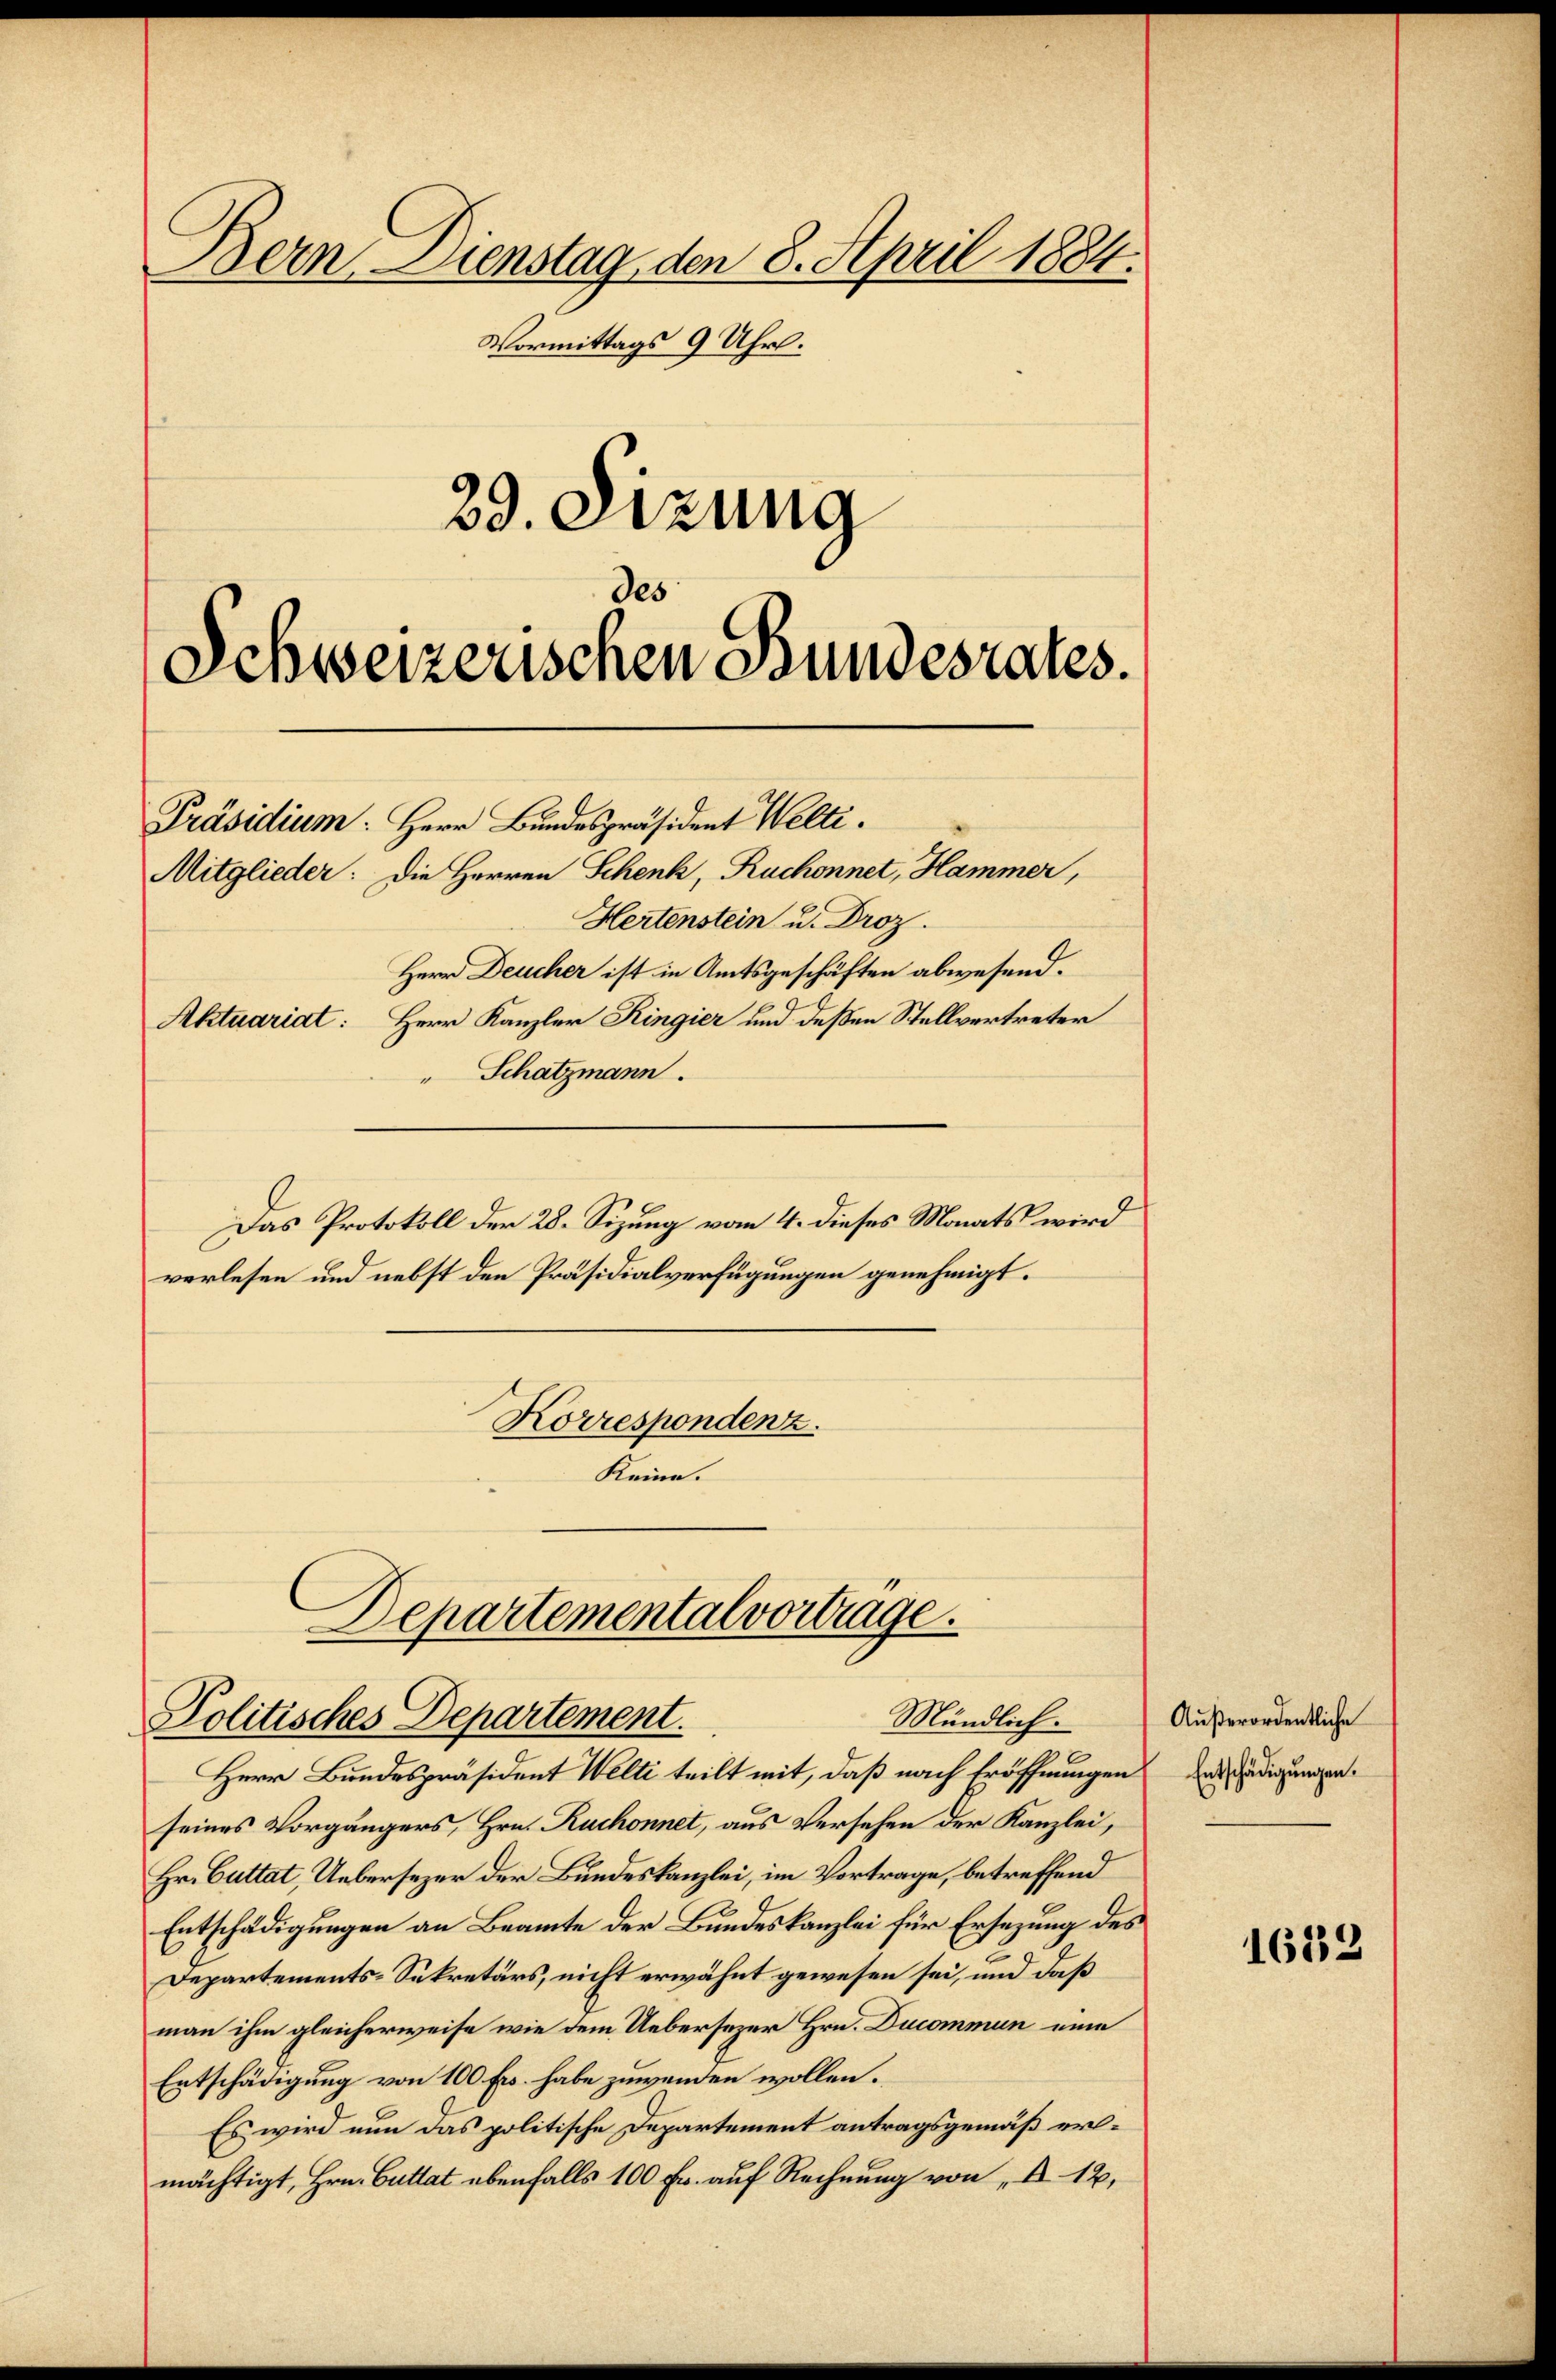
90

Bern. Dienstag, den 8. April 1884.
Vormittags 9 Uhr.
29. Sezung

Schweizerischen Stundesrates.
Präsidium: Herr Bundespräsident Welti.
Mitglieder: Die Herren Schenk, Ruchonnet, Hammer,
Hertenstein u. Droz.
Herr Deucher ist in Amtsgeschäften abwesend.
20
Aktuariat: Herr Kanzler Ringier und deßen Stellvertreter
" Schatzmann.

Das Protokoll der 28. Sizung vom 4. dieses Monats wird
verlesen und nebst den Präsidialverfügungen genehmigt.
Korrespondenz.
Keine.

Departemental vortrage.
Mündlich.
Politisches Departement.

Herr Bundespräsident Welti teilt mit, daß nach Eröffnungen nädigungen.
seines Vorgängers, Hrn. Ruchonnet, aus Versehen der Kanzlei,
Hr. Guttat, Uebersezer der Bundeskanzlei, im Vortrage, betreffend
Entschädigungen an Beamte der Bundeskanzlei für Ersezung des
Departements-Sekretärs, nicht erwähnt gewesen sei, und daß
man ihm gleicherweise wie dem Uebersezer Hrn. Ducommun eine
Entschädigung von 100 fr. habe zuwenden wollen.
Es wird nun das politische Departement antragsgemäß ermächtigt, Hrn. Guttat ebenfalls 100 Fr. auf Rechnung von „ 12.

Außerordentliche

1682